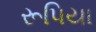
રૂપિયા